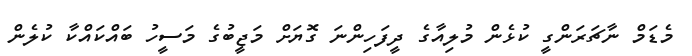
މެޑަމް ނާޗަރަންގީ ކުޅެން މުލިއާގެ ދީފަހިންނަ ގޮޔަށް މަޖީބުގެ މަސީހު ބައްކައްކާ ކުލެން